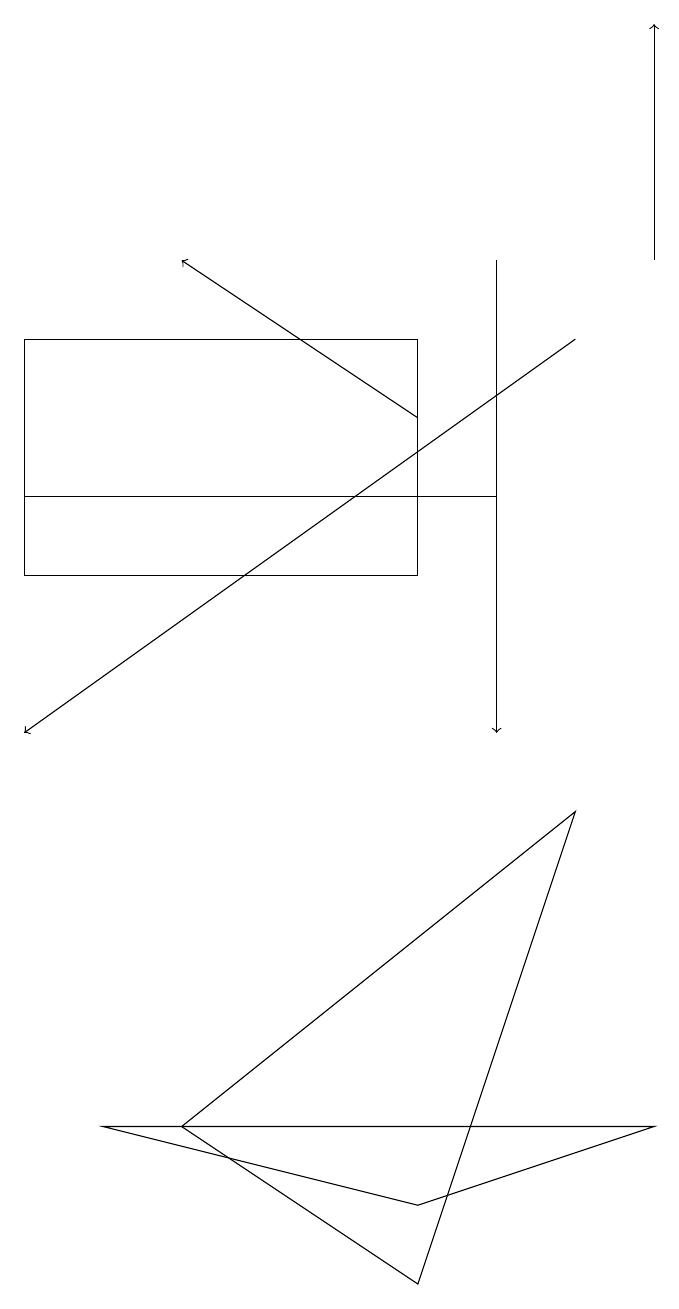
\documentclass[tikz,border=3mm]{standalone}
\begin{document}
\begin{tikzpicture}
\draw[->] (9,16) -- (9,19);
\draw[->] (8,15) -- (1,10);
\draw[->] (7,16) -- (7,10);
\draw[->] (6,14) -- (3,16);
\draw (6,12) rectangle (1,15);
\draw (8,9) -- (3,5) -- (6,3) -- cycle;
\draw (7,13) rectangle (1,13);
\draw (6,4) -- (2,5) -- (9,5) -- cycle;
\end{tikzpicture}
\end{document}